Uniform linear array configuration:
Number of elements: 48
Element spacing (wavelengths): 1
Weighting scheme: uniform
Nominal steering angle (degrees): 30
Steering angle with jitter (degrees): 28.357
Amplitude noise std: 0.05
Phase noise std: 0.05

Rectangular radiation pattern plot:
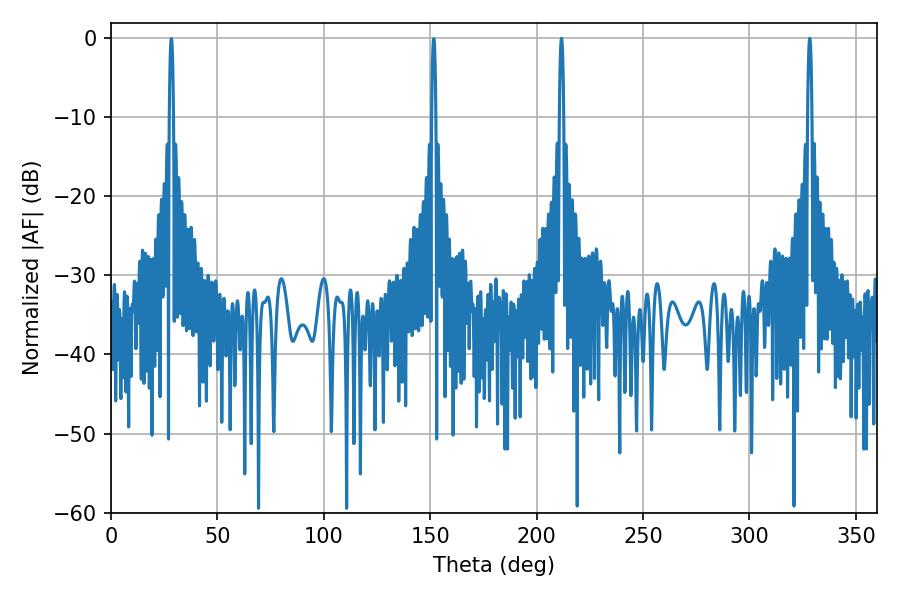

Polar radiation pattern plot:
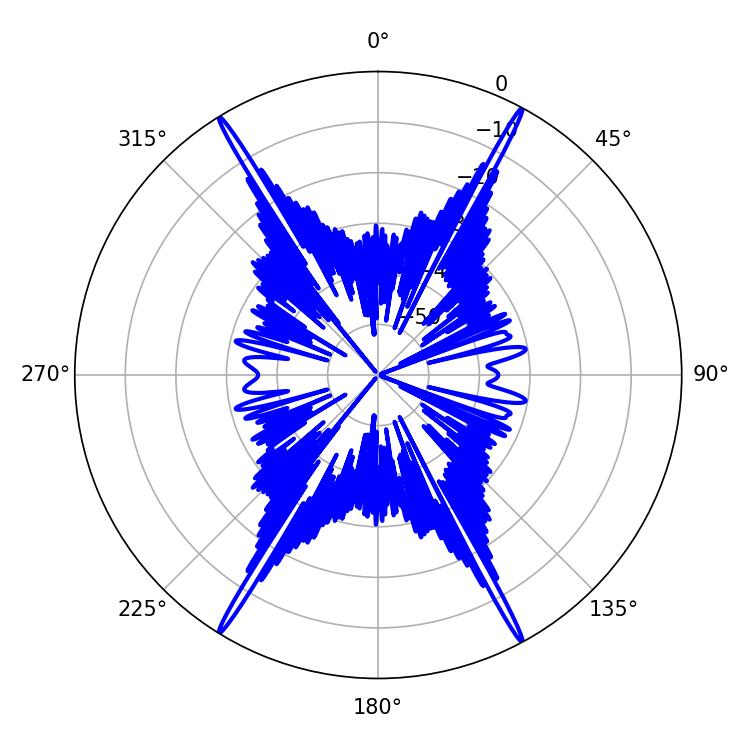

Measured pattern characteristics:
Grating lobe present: TRUE
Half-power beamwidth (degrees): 1.08
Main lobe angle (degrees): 328.32